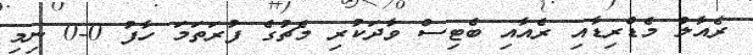
ރެއާލް މެޑްރިޑާއި ރެއާއި ބެޓިސް ވާދަކުރި މެޗުގެ ފުރަތަމަ ހާފު 0-0 ނިމި